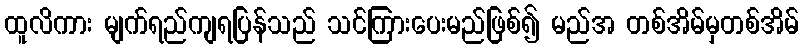
ထူလိကား မျက်ရည်ကျရပြန်သည် သင်ကြားပေးမည်ဖြစ်၍ မည်အ တစ်အိမ်မှတစ်အိမ်